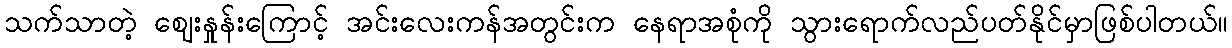
သက်သာတဲ့ ဈေးနှုန်းကြောင့် အင်းလေးကန်အတွင်းက နေရာအစုံကို သွားရောက်လည်ပတ်နိုင်မှာဖြစ်ပါတယ်။